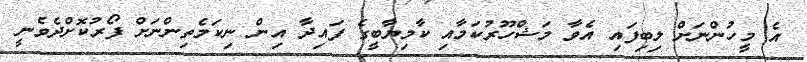
އެ މީހުންނަށް ލިބިފައި އެވާ މަޝްހޫރުކަމާއި ކާމިޔާބީގެ ފައިދާ އިން ނިކަމެތިންނަށް ފޯރުކޮށްދެވެނީ